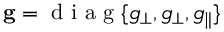
\mathbf { g } = \textrm { d i a g } \{ g _ { \perp } , g _ { \perp } , g _ { \parallel } \}